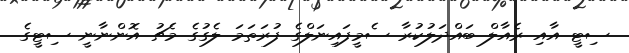
ސިޓީ އާއި ރެއާލް ބައްދަލުކުރާ ސެމީފައިނަލްގެ ފުރަތަމަ ލެގުގެ މެޗު އޮންނާނީ ސިޓީގެ